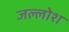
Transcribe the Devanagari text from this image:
जल्लोश